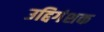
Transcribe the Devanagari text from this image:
उद्दिगंशक